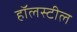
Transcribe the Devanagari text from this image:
हॉलस्टील